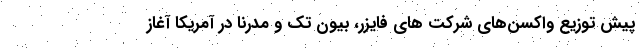
پیش توزیع واکسن‌های شرکت های فایزر، بیون تک و مدرنا در آمریکا آغاز